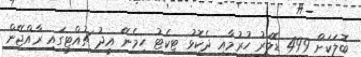
ބޮލަކަށް 499 ޑޮލަރު ހުރުމާއި ދެކޮޅު ޓިކެޓު ހިމެނޭ އީދު ޗުއްޓީގައި ރާއްޖޭން